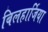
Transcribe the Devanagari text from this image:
बिलहार्जिया